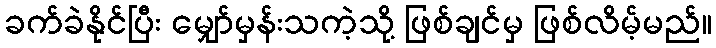
ခက်ခဲနိုင်ပြီး မျှော်မှန်းသကဲ့သို့ ဖြစ်ချင်မှ ဖြစ်လိမ့်မည်။